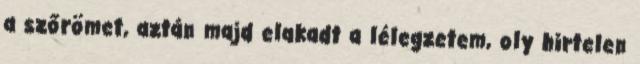
a szőrömet, aztán majd elakadt a lélegzetem, oly hirtelen